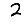
Digit: 2